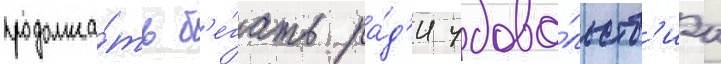
продолжа́ть б'е́гать ра́д'и удово́льств'иа